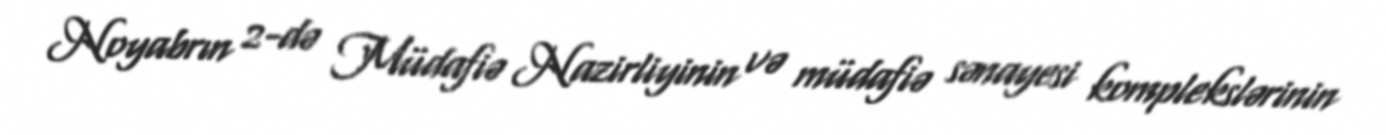
Noyabrın 2-də Müdafiə Nazirliyinin və müdafiə sənayesi komplekslərinin